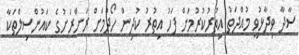
ސާދާ ވިދާޅުވީ މުއްދަތު އިތުރުކުރުމަށް ފަހު އިތުރު ކުދިން ހޯދުމަށް ރަށްރަށުގެ ކައުންސިލްތަކާ